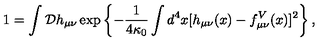
1 = \int \mathcal { D } h _ { \mu \nu } \exp \left\{ - { \frac { 1 } { 4 \kappa _ { 0 } } } \int d ^ { 4 } x [ h _ { \mu \nu } ( x ) - f _ { \mu \nu } ^ { V } ( x ) ] ^ { 2 } \right\} ,